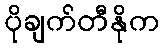
ပိုချက်တီနိုက